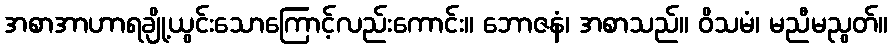
အစာအာဟာရချို့ယွင်းသောကြောင့်လည်းကောင်း။ ဘောဇနံ၊ အစာသည်။ ဝိသမံ၊ မညီမညွတ်။